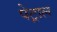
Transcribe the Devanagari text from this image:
पेट्राल